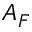
A _ { F }